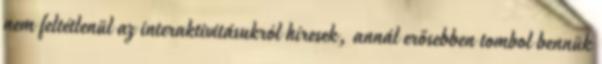
nem feltétlenül az interaktivitásukról híresek, annál erősebben tombol bennük